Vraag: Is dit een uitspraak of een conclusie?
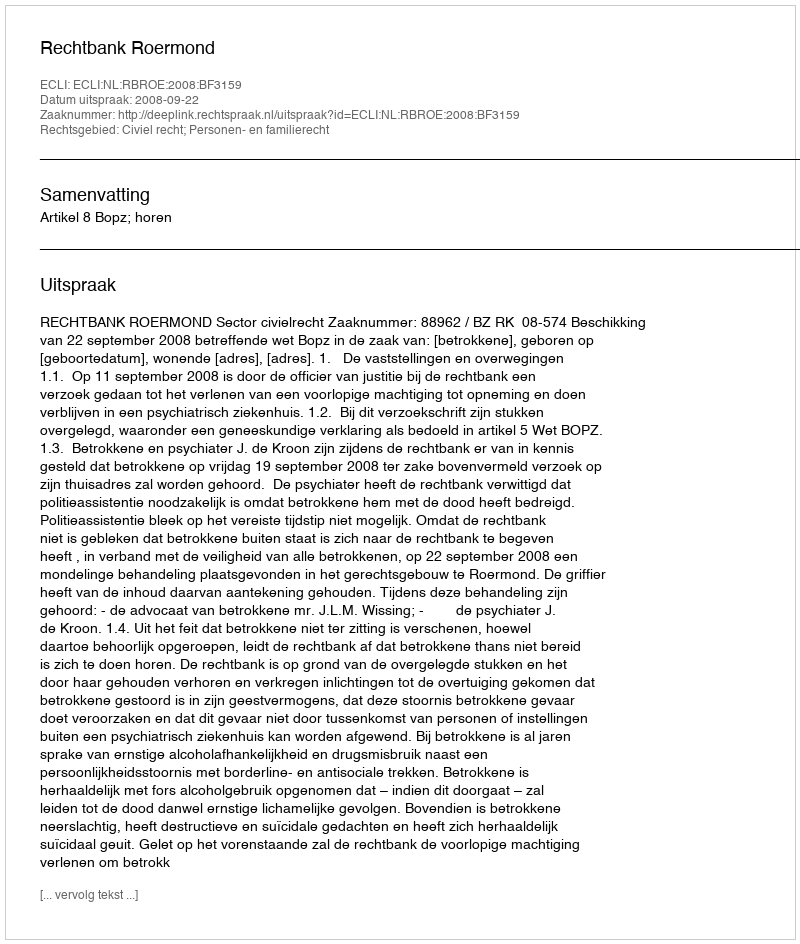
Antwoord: Uitspraak